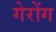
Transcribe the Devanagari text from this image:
गेरोंग